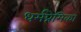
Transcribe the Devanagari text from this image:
धर्मप्रेमिका